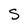
Character: S